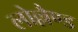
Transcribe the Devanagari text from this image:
लोल्लैण्ड